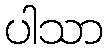
ပါသာ